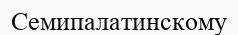
Семипалатинскому